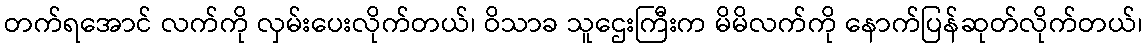
တက်ရအောင် လက်ကို လှမ်းပေးလိုက်တယ်၊ ဝိသာခ သူဌေးကြီးက မိမိလက်ကို နောက်ပြန်ဆုတ်လိုက်တယ်၊